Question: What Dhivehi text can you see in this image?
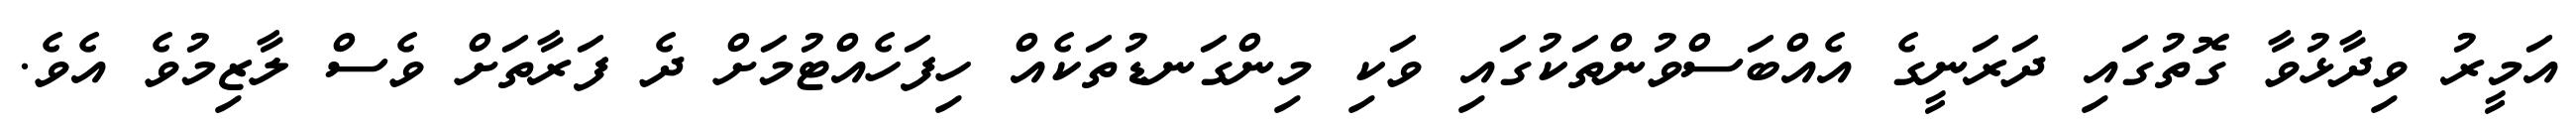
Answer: އަމީރު ވިދާޅުވާ ގޮތުގައި ދަރަނީގެ އެއްބަސްވުންތަކުގައި ވަކި މިންގަނޑުތަކެއް ހިފަހެއްޓުމަށް ދެ ފަރާތަށް ވެސް ލާޒިމުވެ އެވެ.